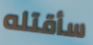
سأقتله